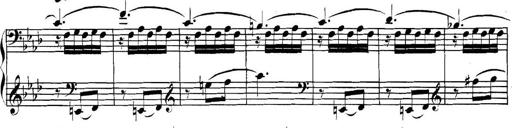
Title: Collected Piano Sonatas
Composer: Muzio Clementi